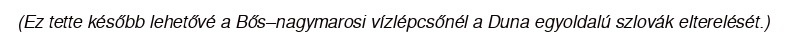
(Ez tette később lehetővé a Bős–nagymarosi vízlépcsőnél a Duna egyoldalú szlovák elterelését.)